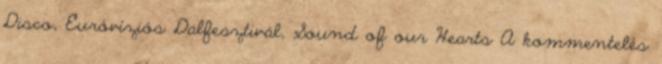
Disco, Euróvíziós Dalfesztivál, Sound of our Hearts A kommentelés